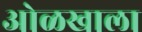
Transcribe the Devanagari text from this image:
ओळखाला